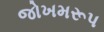
જોખમરૂપ